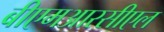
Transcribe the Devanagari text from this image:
बीएमआरसीएल